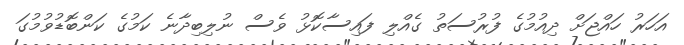
އަހަރު ހައްޖަށް ދިއުމުގެ ފުރުސަތު ގެއްލި ފައިސާކޮޅު ވެސް ނުލިބިދާނެ ކަމުގެ ކަންބޮޑުވުމުގަ